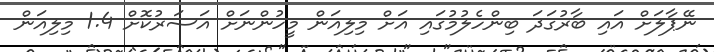
ނޭޕާލަށް އައި ބާރުގަދަ ބިންހެލުމުގައި އަށް މިލިއަން މީހުންނަށް އަސަރުކޮށް 1.4 މިލިއަން